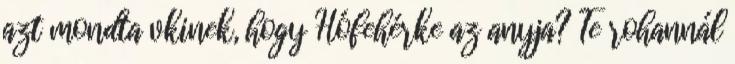
azt mondta vkinek, hogy Hófehérke az anyja? Te rohannál